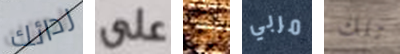
ردائك على إذا مربي تلك